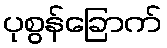
ပုစွန်ခြောက်